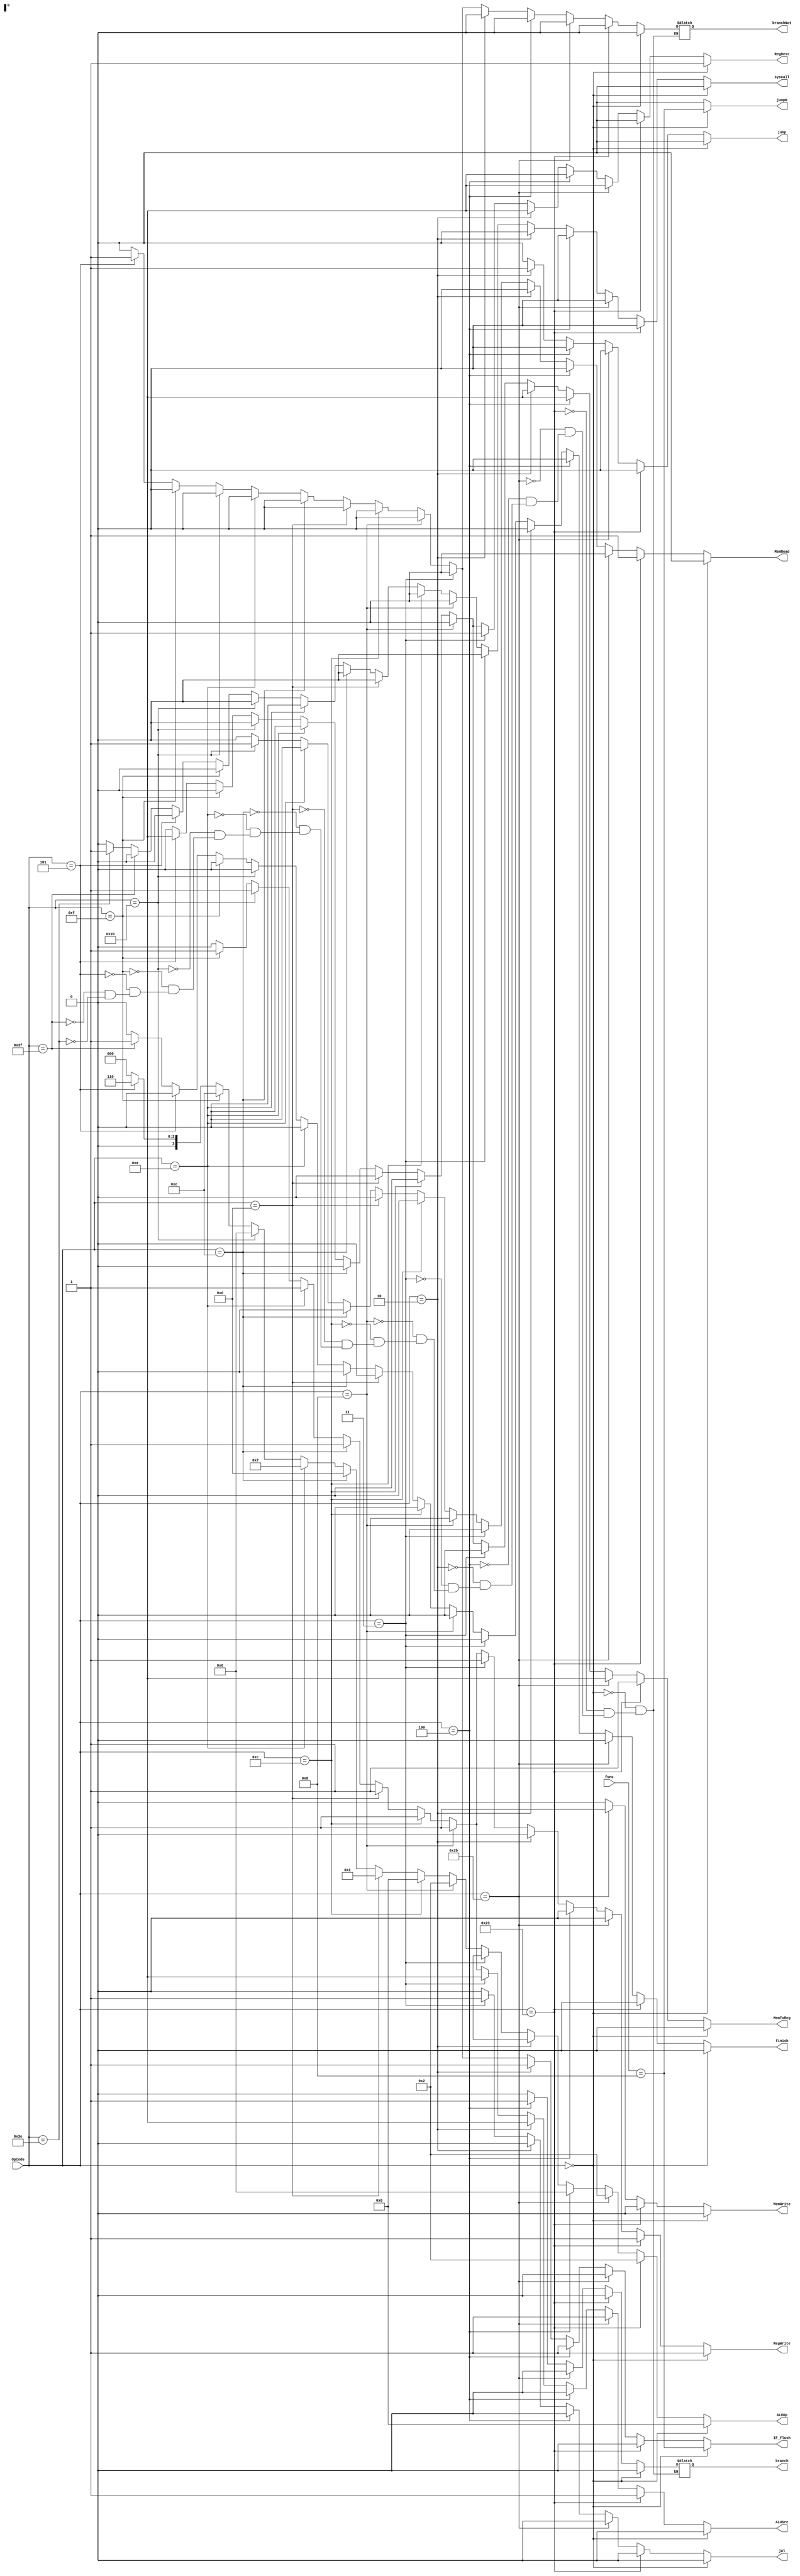
//CONTROL UNIT
module Control(RegDest, MemRead, MemToReg, ALUOp, MemWrite, ALUSrc, RegWrite, OpCode, func, finish, syscall
				,branch, branchNot, IF_Flush, jump, jumpR, jal);
	
	input wire [5:0] OpCode;
	input wire [5:0] func;
	output reg RegDest;
	output reg MemRead;
	output reg syscall;
	output reg finish;
	output reg MemToReg;
	output reg MemWrite;
	output reg ALUSrc;
	output reg RegWrite;
	output reg branch;
	output reg branchNot;
	output reg IF_Flush;
	output reg jump;
	output reg jumpR;
	output reg jal;
	output reg [3:0]ALUOp;
	
	initial begin
		RegDest <=0;
		MemRead <=0;
		MemToReg <=0;
		MemWrite <=0;
	    ALUSrc <=0;
		RegWrite <=0;
		ALUOp <= 0;
		finish <= 0;
		syscall <= 0;
		branch <= 0;
		branchNot <= 0;
		IF_Flush <= 0;
		jump <= 0;
		jal <= 0;
		jumpR <= 0;
	end
	
	always @(OpCode or func)
	begin
		if(OpCode == 0)       // OpCode of R type
		begin
			MemRead <= 0;
			MemWrite <= 0;
			ALUSrc <= 0;
			RegWrite <= 1;
			MemToReg <= 0;
			RegDest <= 1;
			ALUOp <= 4'b0000;
			finish <= 0;
			syscall <= 0;
			branch <= 0;
			branchNot <= 0;
			IF_Flush <= (func == 8);
			jump <= 0;
			jal <= 0;
			jumpR <= (func == 8);
		end
		else if(OpCode == 35) // OpCode of the LW
		begin
			MemRead <= 1;
			MemWrite <= 0;
			ALUSrc <= 1;
			RegWrite <=1;
			MemToReg <= 1;
			RegDest <= 0;
			ALUOp <= 4'b0010;
			finish <= 0;
			syscall <= 0;
			branch <= 0;
			branchNot <= 0;
			IF_Flush <= 0;
			jump <= 0;
			jal <= 0;
			jumpR <= 0;
		end
		else if(OpCode == 43) // OpCode of the SW
		begin
			MemRead <= 0;
			MemWrite <= 1;
			ALUSrc <= 1;
			RegWrite <= 0;
			RegDest <= 1'bx;
			MemToReg <= 1'bx;
			ALUOp <= 4'b0010;
			finish <= 0;
			syscall <= 0;
			branch <= 0;
			branchNot <= 0;
			IF_Flush <= 0;
			jump <= 0;
			jal <= 0;
			jumpR <= 0;
		end
		else if(OpCode == 4) // OpCode of the beq
		begin
			MemRead <=0;
			MemWrite <=0;
			ALUSrc <=0;
			RegWrite <=0;
			RegDest <= 1'bx;
			MemToReg <= 1'bx;
			ALUOp <= 4'b0110;
			finish <= 0;
			syscall <= 0;
			branch <= 1;
			branchNot <= 0;
			IF_Flush <= 1;
			jump <= 0;
			jal <= 0;
			jumpR <= 0;
		end
		else if (OpCode == 2) // opcode of the jump 
		begin
			MemRead <= 0;
			MemWrite <= 0;
			RegWrite <= 0;
			ALUSrc <=1'bx;
			RegDest <= 1'bx;	
			MemToReg <= 1'bx;
			ALUOp <= 4'bxxxx;
			finish <= 0;
			syscall <= 0;
			branch <= 0;
			branchNot <= 0;
			IF_Flush <= 1;
			jump <= 1;
			jal <= 0;
			jumpR <= 0;
		end
		else if (OpCode == 3) // opcode of the jal
		begin
			MemRead <= 0;
			MemWrite <=0;
			RegWrite <= 1;
			ALUSrc <= 1'bx;
			RegDest <= 1'b1;	
			MemToReg <= 0;
			ALUOp <= 4'bxxxx;
			finish <= 0;
			syscall <= 0;
			branch <= 0;
			branchNot <= 0;
			IF_Flush <= 0;
			jump <= 0;
			jal <= 1;
			jumpR <= 0;
		end
		else if (OpCode == 8) // addi
		begin
			MemRead <=0;
			MemWrite <=0;
			RegWrite <=1;
			ALUSrc <= 1;
			RegDest <= 0;
			MemToReg <= 0;
			ALUOp <= 4'b0010;
			finish <= 0;
			syscall <= 0;
			branch <= 0;
			branchNot <= 0;
			IF_Flush <= 0;
			jump <= 0;
			jal <= 0;
			jumpR <= 0;
		end
		
		else if (OpCode == 12) // andi
		begin
			MemRead <= 0;
			MemWrite <= 0 ;
			RegWrite  <= 1;
			ALUSrc <= 1;
			RegDest <= 0;
			MemToReg <= 0;
			ALUOp <= 4'b0000;
			finish <= 0;
			syscall <= 0;
			branch <= 0;
			branchNot <= 0;
			IF_Flush <= 0;
			jump <= 0;
			jal <= 0;
			jumpR <= 0;
		end
		else if (OpCode == 13) // ori
		begin
			MemRead <=0 ;
			MemWrite <=0 ;
			RegWrite <=1;
			ALUSrc <= 1;
			RegDest <= 0;
			MemToReg <= 0;
			ALUOp <= 4'b0001;
			finish <= 0;
			syscall <= 0;
			branch <= 0;
			branchNot <= 0;
			IF_Flush <= 0;
			jump <= 0;
			jal <= 0;
			jumpR <= 0;
		end
		else if (OpCode == 14) // xori
		begin
			MemRead <= 0;
			MemWrite <= 0;
			RegWrite <= 1;
			ALUSrc <= 1;
			RegDest <= 0;
			MemToReg <= 0;
			ALUOp <= 13;
			finish <= 0;
			syscall <= 0;
			branch <= 0;
			branchNot <= 0;
			IF_Flush <= 0;
			jump <= 0;
			jal <= 0;
			jumpR <= 0;
		end
		else if (OpCode == 10) // slti
		begin
			IF_Flush <= 0;
			MemRead <= 0;
			MemWrite <= 0;
			RegWrite <= 1;
			ALUSrc <= 1;
			RegDest <= 0;
			MemToReg <= 0;
			ALUOp <= 7;
			finish <= 0;
			syscall <= 0;
			branch <= 0;
			branchNot <= 0;
			jump <= 0;
			jal <= 0;
			jumpR <= 0;
		end
		else if (OpCode == 32) // lb
		begin
			IF_Flush <= 0;
			MemRead <=1;
			MemWrite <=0;
			RegWrite <=1;
			ALUSrc <= 1;
			RegDest <= 0;
			MemToReg <= 0;
			ALUOp <= 4'b0110;
			finish <= 0;
			syscall <= 0;
			branch <= 0;
			branchNot <= 0;
			jump <= 0;
			jal <= 0;
			jumpR <= 0;
		end
		else if (OpCode == 15) // lui
		begin
			IF_Flush <= 0;
			MemRead <=0;
			MemWrite <=0;
			RegWrite <=1;
			ALUSrc <= 1;
			RegDest <= 0;
			MemToReg <= 0;
			ALUOp <= 14;
			finish <= 0;
			syscall <= 0;
			branch <= 0;
			branchNot <= 0;
			jump <= 0;
			jal <= 0;
			jumpR <= 0;
		end
		else if (OpCode == 5) // bne
		begin
			MemRead <=0;
			MemWrite <=0;
			RegWrite <=0;
			ALUSrc <= 1'b0;
			RegDest <= 1'bx;
			MemToReg <= 1'bx;
			ALUOp <= 6;
			finish <= 0;
			syscall <= 0;
			branch <= 0;
			branchNot <= 1;
			IF_Flush <= 1;
			jump <= 0;
			jal <= 0;
			jumpR <= 0;
		end
		else if (OpCode == 63)
		begin
			MemRead <=0;
			MemWrite <=0;
			RegWrite <=0;
			ALUSrc <= 1'b0;
			RegDest <= 1'b0;
			MemToReg <= 1'b0;
			ALUOp <= 0;
			finish <= 1;
			syscall <= 0;
			branch <= 0;
			branchNot <= 0;
			IF_Flush <= 0;
			jump <= 0;
			jal <= 0;
			jumpR <= 0;
		end
		else if (OpCode == 62) // syscall
		begin
			RegDest <=0;
			MemRead <=0;
			MemToReg <=0;
			MemWrite <=0;
			ALUSrc <=0;
			RegWrite <=0;
			ALUOp <= 0;
			finish <= 0;
			syscall <= 1;
			branch <= 0;
			branchNot <= 0;
			IF_Flush <= 0;
			jump <= 0;
			jal <= 0;
			jumpR <= 0;
		end
		else
		begin
			RegDest <=0;
			MemRead <=0;
			MemToReg <=0;
			MemWrite <=0;
			ALUSrc <=0;
			RegWrite <=0;
			ALUOp <= 0;
			finish <= 0;
			syscall <= 0;
			IF_Flush <= 0;
			jump <= 0;
			jal <= 0;
			jumpR <= 0;
		end
	end
endmodule